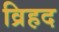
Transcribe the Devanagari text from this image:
व्रिहद